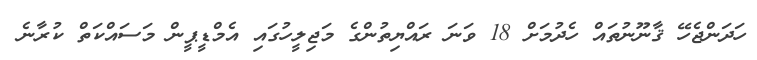
ހަދަންޖެހޭ ޤާނޫނުތައް ހެދުމަށް 18 ވަނަ ރައްޔިތުންގެ މަޖިލީހުގައި އެމްޑީޕީން މަސައްކަތް ކުރާނެ